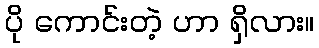
ပို ကောင်းတဲ့ ဟာ ရှိလား။